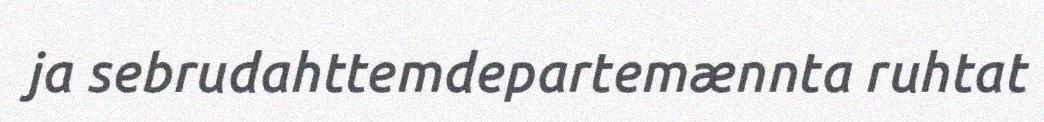
ja sebrudahttemdepartemænnta ruhtat